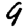
Digit: 9